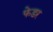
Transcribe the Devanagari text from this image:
फेडर